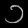
Digit: ၁